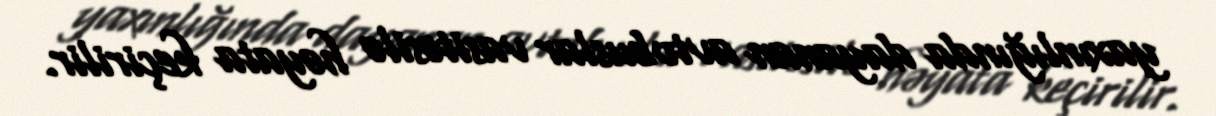
yaxınlığında dayanan avtobuslar vasitəsilə həyata keçirilir.